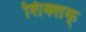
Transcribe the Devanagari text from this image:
शिक्शक्